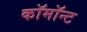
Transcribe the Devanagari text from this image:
कॉमॉन्ट